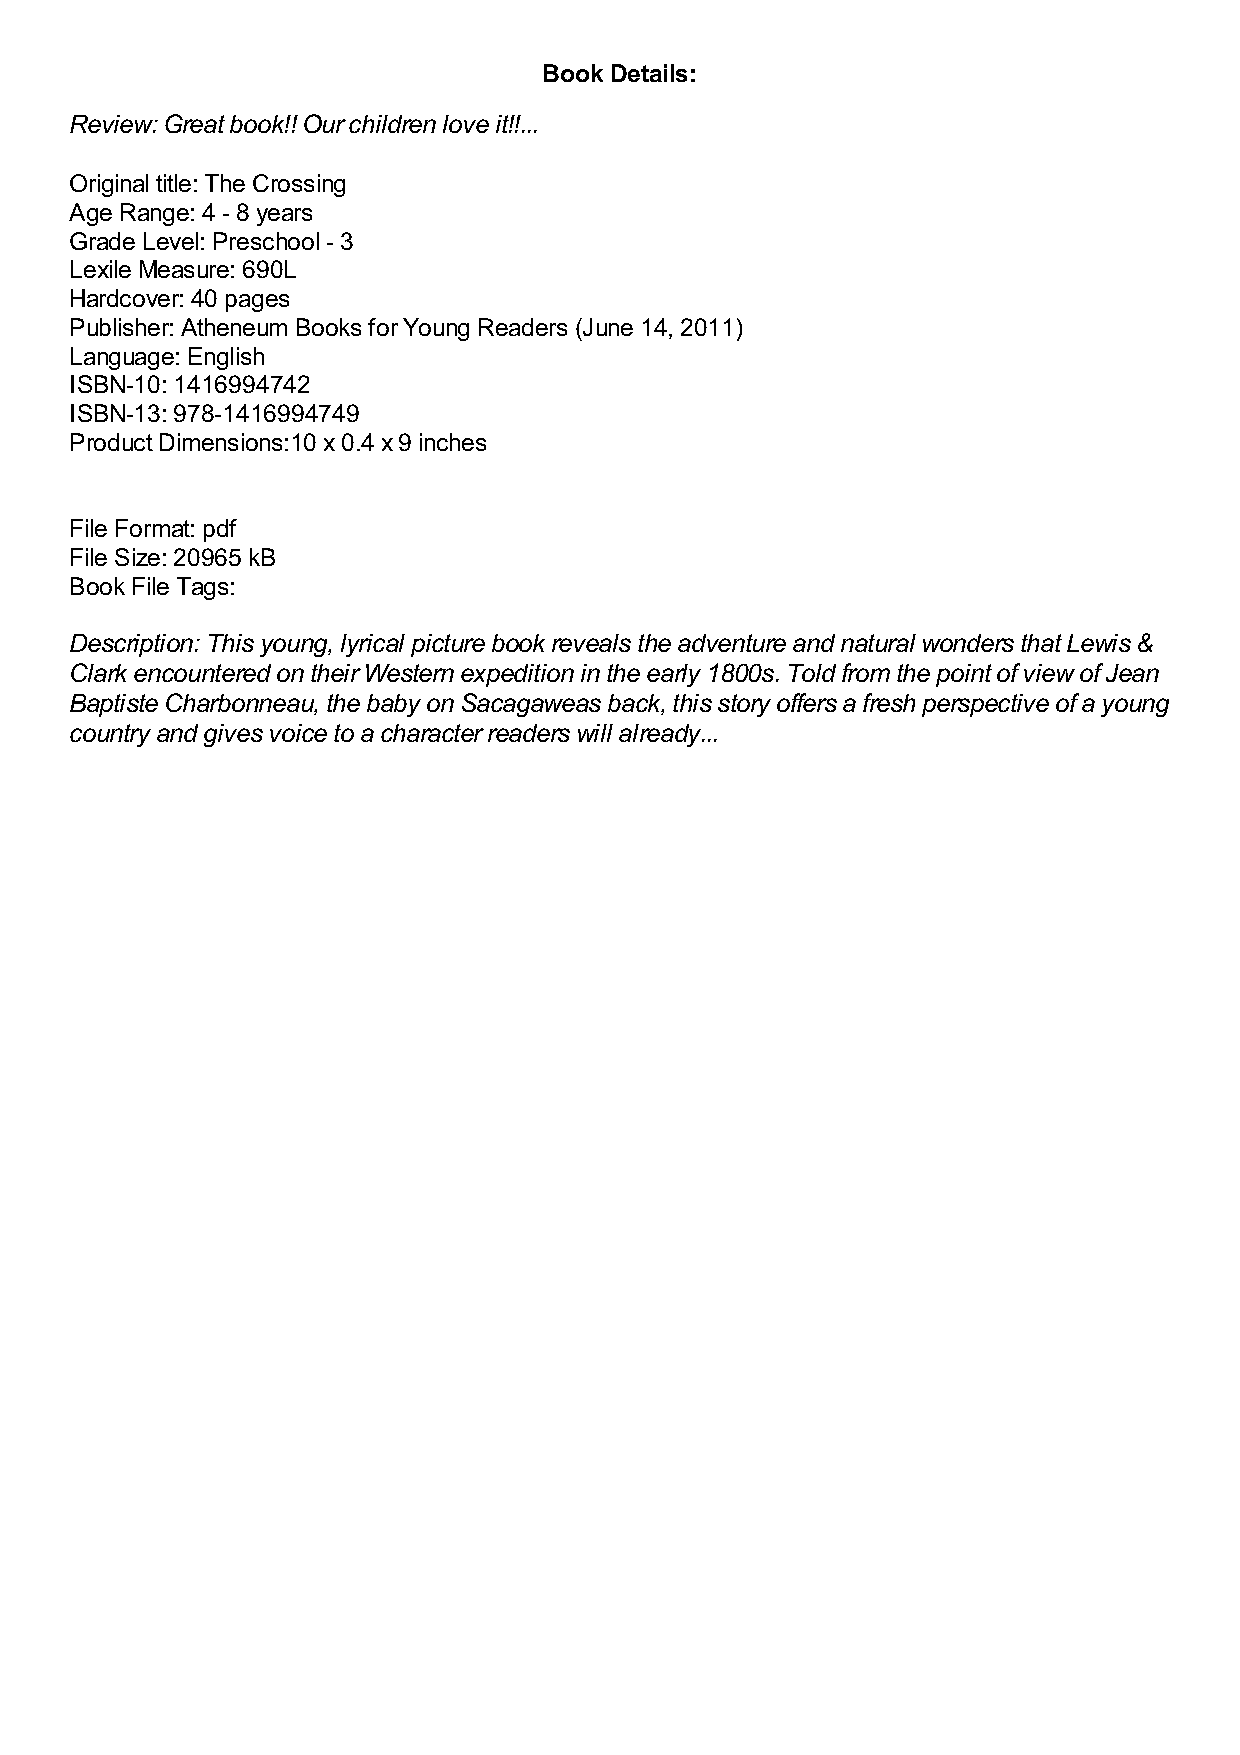
Book Details:
 Review: Great book!! Our children love it!!...
 Original title: The Crossing
 Age Range: 4 - 8 years
 Grade Level: Preschool - 3
 Lexile Measure: 690L
 Hardcover: 40 pages
 Publisher: Atheneum Books for Young Readers (June 14, 2011)
 Language: English
 ISBN-10: 1416994742
 ISBN-13: 978-1416994749
 Product Dimensions:10 x 0.4 x 9 inches
 File Format: pdf
 File Size: 20965 kB
 Book File Tags:
 Description: This young, lyrical picture book reveals the adventure and natural wonders that Lewis &
 Clark encountered on their Western expedition in the early 1800s. Told from the point of view of Jean
 Baptiste Charbonneau, the baby on Sacagaweas back, this story offers a fresh perspective of a young
 country and gives voice to a character readers will already...